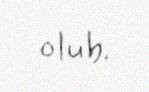
olub.